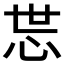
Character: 𱞉